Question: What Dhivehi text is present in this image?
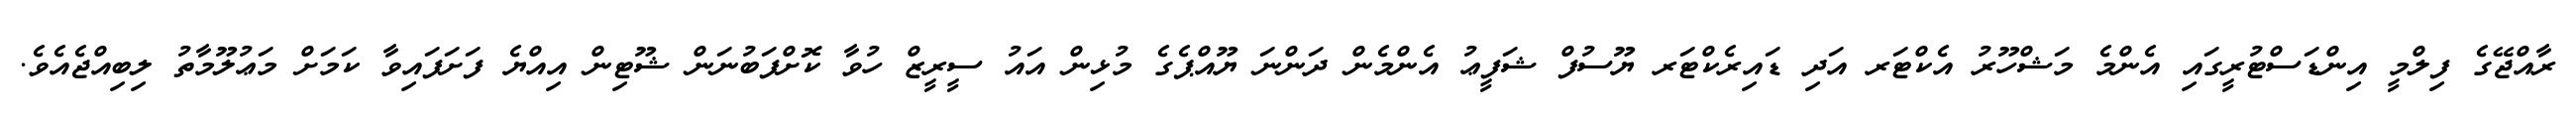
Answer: ރާއްޖޭގެ ފިލްމީ އިންޑަސްޓުރީގައި އެންމެ މަޝްހޫރު އެކްޓަރ އަދި ޑައިރެކްޓަރ ޔޫސުފް ޝަފީޢު އެންމެން ދަންނަ ޔޫއްޕެގެ މުޅިން އައު ސީރީޒް ހުވާ ކޮށްފަބުނަން ޝޫޓިން އިއްޔެ ފަށަފައިވާ ކަމަށް މަޢުލޫމާތު ލިބިއްޖެއެވެ.